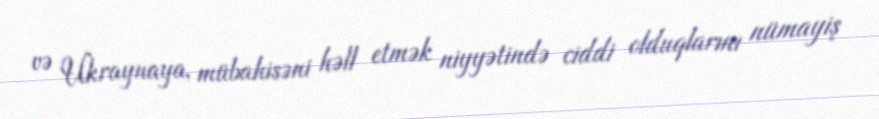
və Ukraynaya, mübahisəni həll etmək niyyətində ciddi olduqlarını nümayiş